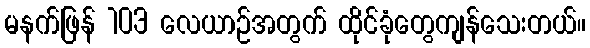
မနက်ဖြန် 103 လေယာဉ်အတွက် ထိုင်ခုံတွေကျန်သေးတယ်။